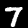
Label: 7